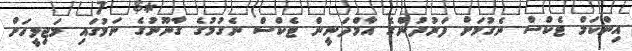
އިންކަމް ޓެކްސް ނެގުމަށް ފަރުދުންގެ އާމްދަނީން ޓެކްސް ނެގުމުގެ ގާނޫނުގެ ނަމުގައި މަޖިލީހަށް